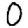
Digit: 0